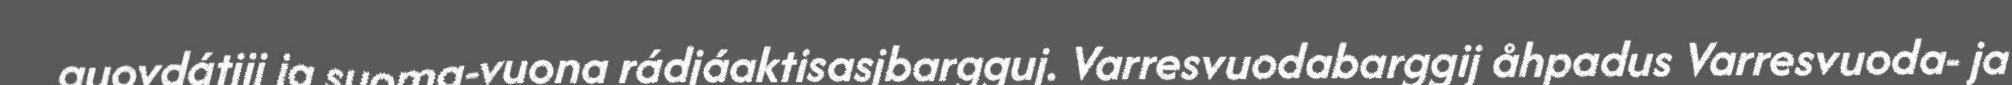
guovdátjij ja suoma-vuona rádjáaktisasjbargguj. Varresvuodabarggij åhpadus Varresvuoda- ja